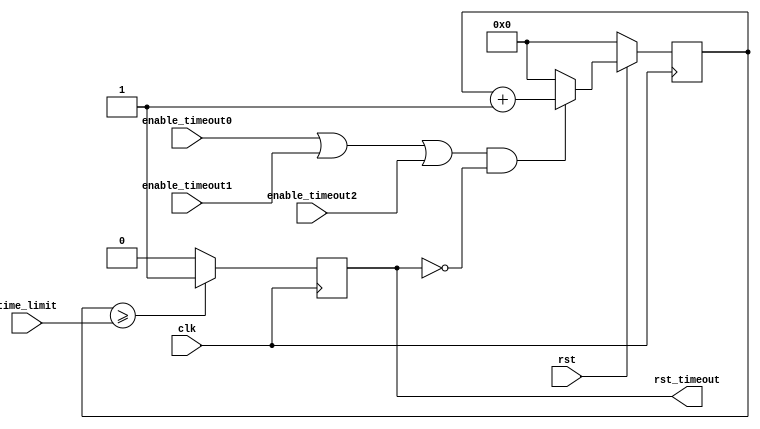
module timeout_rst_watchdog( 
   input   wire            clk, 
   input   wire            enable_timeout0, 
   input   wire            enable_timeout1, 
   input   wire            enable_timeout2, 
   input   wire    [31:0]  time_limit, 
   input   wire            rst, 
   output  wire            rst_timeout
);

//40MHZ clock gives 25 ns
// Internal Declarations
reg [31:0] counter;
reg rst_timeoutreg;

assign rst_timeout = rst_timeoutreg;
wire enable_timeout = enable_timeout0 ||enable_timeout1||enable_timeout2;

always@(posedge clk)
begin 
if(!rst)
  begin
   counter <= 0;
  end
else 
begin 
  if(enable_timeout & !rst_timeout)
    counter <= {counter + 1};
  else 
    begin
     counter <= 0;
    end
  end
end


always@(posedge clk)
begin 
  if(counter >= time_limit)
      rst_timeoutreg <= 1'b1;
  else
      rst_timeoutreg <= 1'b0;
end 

endmodule